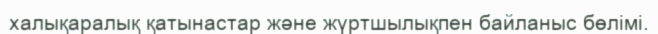
халықаралық қатынастар және жүртшылықпен байланыс бөлімі.